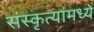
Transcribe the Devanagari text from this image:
संस्कृत्यांमध्ये